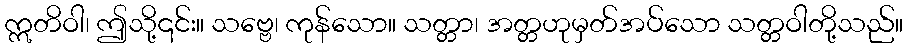
ဣတိဝါ၊ ဤသို့၎င်း။ သဗ္ဗေ၊ ကုန်သော။ သတ္တာ၊ အတ္တဟုမှတ်အပ်သော သတ္တဝါတို့သည်။